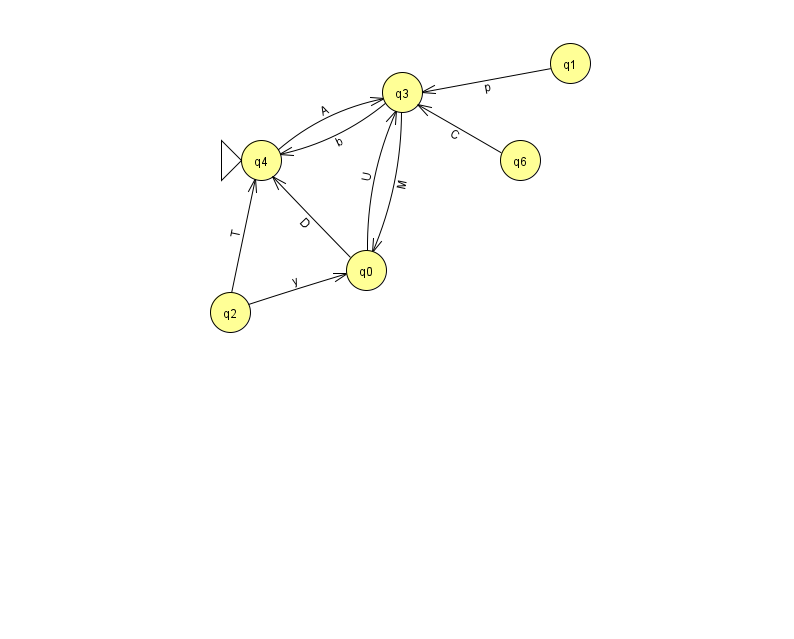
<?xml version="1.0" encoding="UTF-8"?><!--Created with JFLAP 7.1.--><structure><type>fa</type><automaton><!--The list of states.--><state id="0" name="q0"><x>366.0</x><y>257.0</y></state><state id="1" name="q1"><x>570.0</x><y>50.0</y></state><state id="2" name="q2"><x>230.0</x><y>299.0</y></state><state id="3" name="q3"><x>402.0</x><y>79.0</y></state><state id="4" name="q4"><x>261.0</x><y>147.0</y><initial/></state><state id="6" name="q6"><x>520.0</x><y>147.0</y></state><!--The list of transitions.--><transition><from>1</from><to>3</to><read>p</read></transition><transition><from>0</from><to>3</to><read>U</read></transition><transition><from>6</from><to>3</to><read>C</read></transition><transition><from>0</from><to>4</to><read>D</read></transition><transition><from>3</from><to>4</to><read>b</read></transition><transition><from>4</from><to>3</to><read>A</read></transition><transition><from>3</from><to>0</to><read>M</read></transition><transition><from>2</from><to>0</to><read>y</read></transition><transition><from>2</from><to>4</to><read>T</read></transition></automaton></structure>